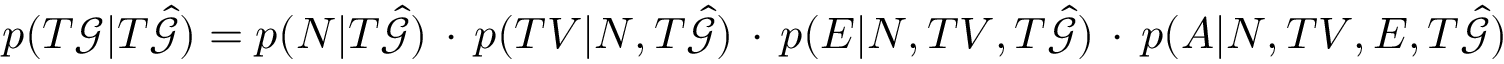
p ( T \mathcal { G } | T \hat { \mathcal { G } } ) = p ( N | T \hat { \mathcal { G } } ) \, \cdot \, p ( T V | N , T \hat { \mathcal { G } } ) \, \cdot \, p ( E | N , T V , T \hat { \mathcal { G } } ) \, \cdot \, p ( A | N , T V , E , T \hat { \mathcal { G } } )